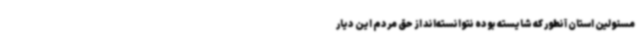
مسئولین استان آنطور که شایسته بوده نتوانسته‌اند از حق مردم این دیار